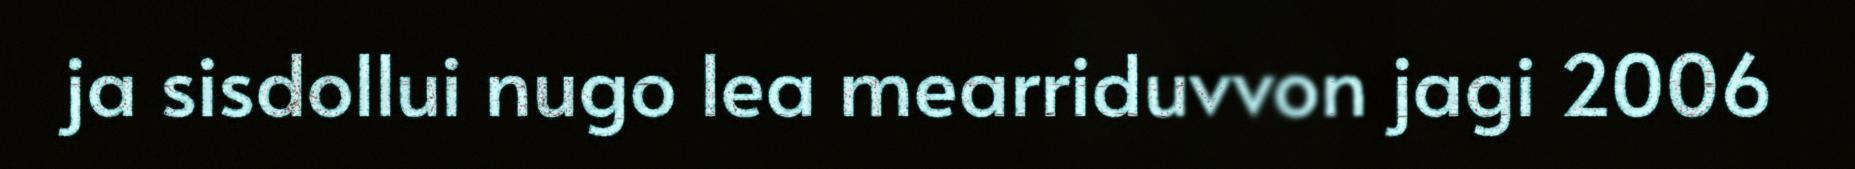
ja sisdollui nugo lea mearriduvvon jagi 2006